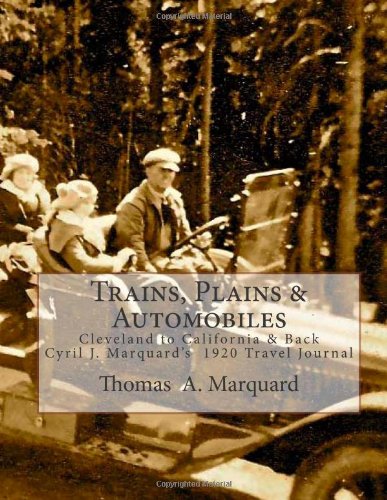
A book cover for Trains, Plains & Automobiles: Cleveland to California and Back; Mr. Thomas A. Marquard; Travel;